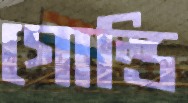
গোল্ডি